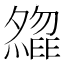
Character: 𡗃